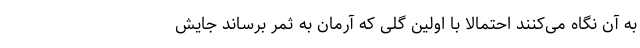
به آن نگاه می‌کنند احتمالاً با اولین گلی که آرمان به ثمر برساند جایش